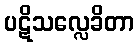
ပဋိသလ္လေခိတာ